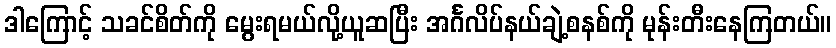
ဒါကြောင့် သခင်စိတ်ကို မွေးရမယ်လို့ယူဆပြီး အင်္ဂလိပ်နယ်ချဲ့စနစ်ကို မုန်းတီးနေကြတယ်။